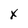
Character: x